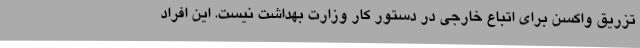
تزریق واکسن برای اتباع خارجی در دستور کار وزارت بهداشت نیست. این افراد